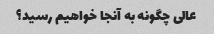
عالی چگونه به آنجا خواهیم رسید؟